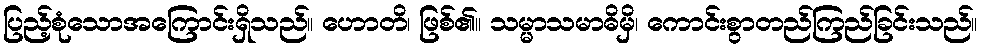
ပြည့်စုံသောအကြောင်းရှိသည်။ ဟောတိ၊ ဖြစ်၏။ သမ္မာသမာဓိမှိ၊ ကောင်းစွာတည်ကြည်ခြင်းသည်။